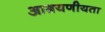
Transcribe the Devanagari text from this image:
आश्रयणीयता